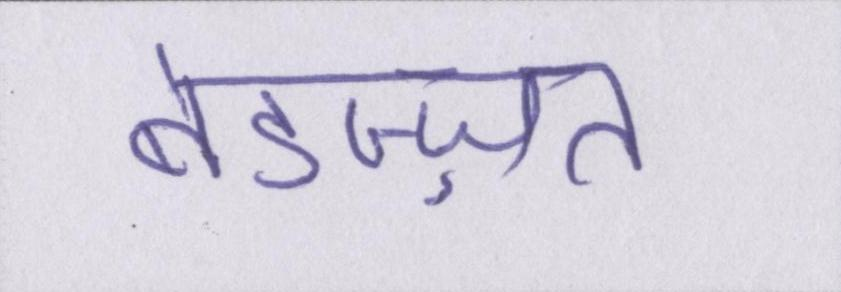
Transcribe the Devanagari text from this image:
बेइज़्ज़त